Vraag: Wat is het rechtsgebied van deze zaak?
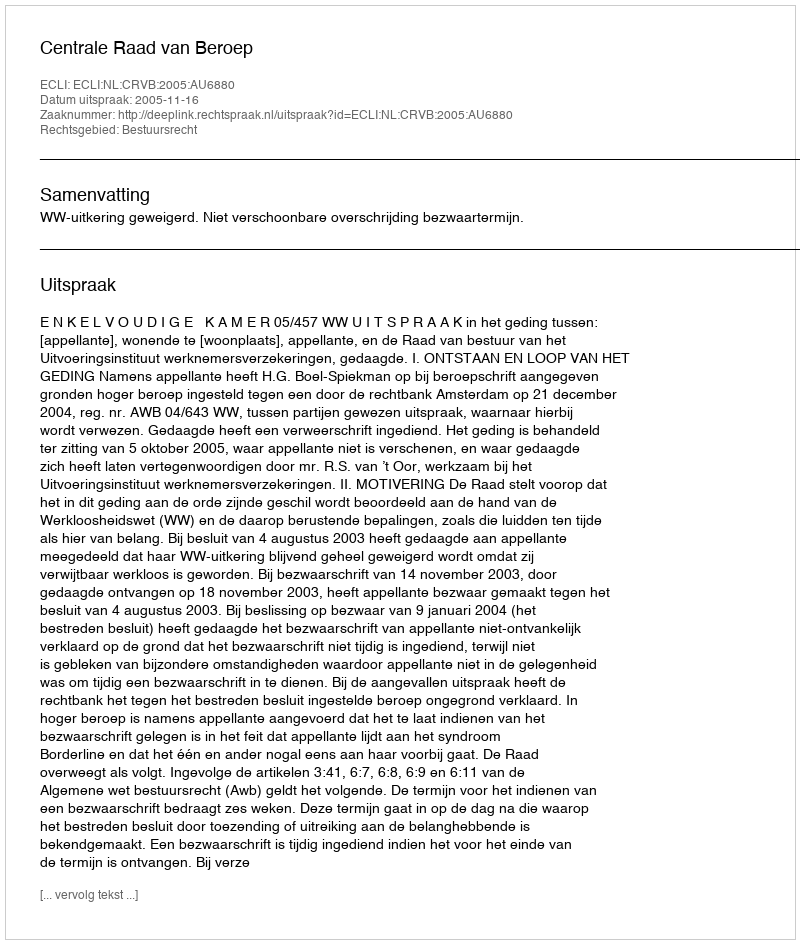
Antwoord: Bestuursrecht